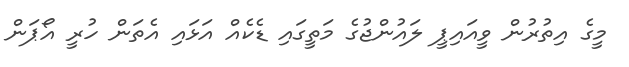
މީގެ އިތުރުން ވީއައިޕީ ލައުންޖުގެ މަތީގައި ޑެކެއް އަޅައި އެތަން ހުރީ އޯޕަން